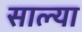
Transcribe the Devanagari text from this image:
साल्या